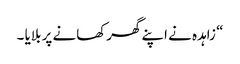
“ زاہدہ نے اپنے گھرکھانے پر بلایا ۔